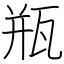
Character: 瓶